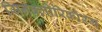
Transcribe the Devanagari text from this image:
सिनक्लोरिकोरम्